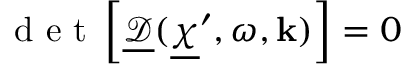
{ \mathrm { ~ d ~ e ~ t ~ } \left[ \underline { { \boldsymbol { \mathcal D } } } ( \underline { { \boldsymbol \chi } } ^ { \prime } , \omega , \mathbf k ) \right] = 0 }